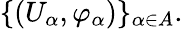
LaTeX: \{ (U_{\alpha},\varphi_{\alpha})\} _{\alpha\in A}.